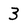
Character: 3